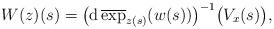
LaTeX: \begin{align*} W(z)(s)=\big(\mathrm d\,\overline\exp_{z(s)}(w(s))\big)^{-1}\big(V_x(s)\big),\end{align*}